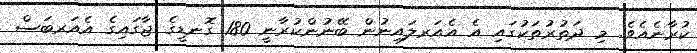
ކުރާނެއެވެ. މި ދަތުރުތަކުގައި އެ އެއަރލައިނުން ބޭނުންކުރާނީ 180 ގޮނޑީގެ ޖާގައިގެ އެއަރބަސް